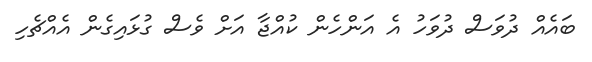
ބައެއް ދުވަސް ދުވަހު އެ އަންހެން ކުއްޖާ އަށް ވެސް ގުޅައިގެން އެއްޗެހި